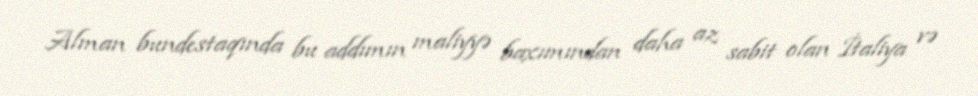
Alman bundestaqında bu addımın maliyyə baxımından daha az sabit olan İtaliya və